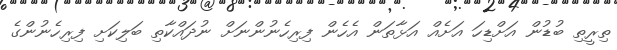
ތިރީތި ބުޑުން އަށްޑިހަ އަށެއް އަޅާތަން އެހެން ފިރިހެނުންނަށް ނުދައްކާތި ބަލިކަށި ފިރިހެނުންގެ